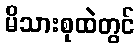
မိသားစုထဲတွင်